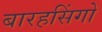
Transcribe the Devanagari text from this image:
बारहसिंगों